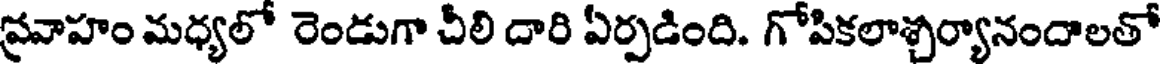
ప్రవాహం మధ్యలో రెండుగా చీలి దారి ఏర్పడింది. గోపికలాశ్చర్యానందాలతో